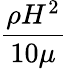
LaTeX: {\frac{\rho H^{2}}{10\mu}}